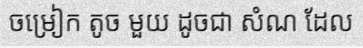
ចម្រៀក តូច មួយ ដូចជា សំណ ដែល